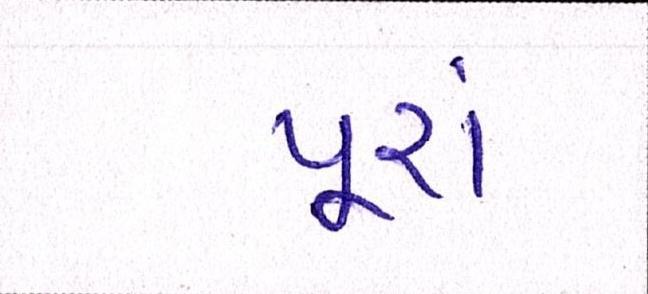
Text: પૂરાં